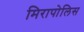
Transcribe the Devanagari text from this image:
मिरापोलिस